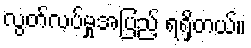
လွတ်လပ်မှုအပြည့် ရရှိတယ်။